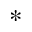
^ { * }